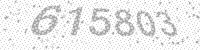
Solution: 615803